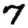
Digit: 7